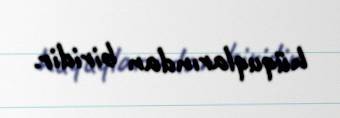
hüquqlarından biridir.